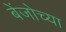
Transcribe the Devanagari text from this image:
बेंजोच्या